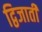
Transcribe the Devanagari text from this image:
द्विजाती